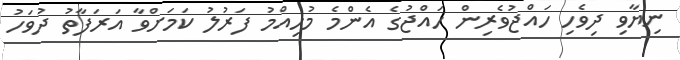
ނިޔާވި ދިވެހި ހައްޖުވެރިން ހައްޖުގެ އެންމެ މުހިއްމު ފަރުލު ކަމަށްވާ އަރަފާތު ދުވަހު